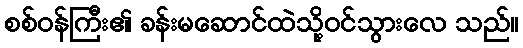
စစ်ဝန်ကြီး၏ ခန်းမဆောင်ထဲသို့ဝင်သွားလေ သည်။